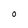
Character: O